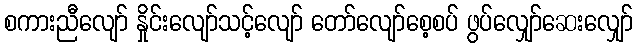
စကားညီလျော် နှိုင်းလျော်သင့်လျော် တော်လျော်စေ့စပ် ဖွပ်လျှော်ဆေးလျှော်